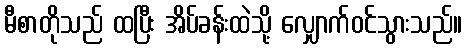
မီစာတိုသည် ထပြီး အိပ်ခန်းထဲသို့ လျှောက်ဝင်သွားသည်။